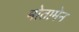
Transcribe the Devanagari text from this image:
मोतामेन